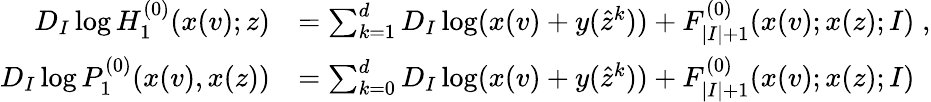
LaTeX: \begin{array}{rl}{D_{I}\log H_{1}^{(0)}(x(v);z)}&{=\sum_{k=1}^{d}D_{I}\log(x(v)+y(\hat{z}^{k}))+F_{|I|+1}^{(0)}(x(v);x(z);I)\; ,}\\ {D_{I}\log P_{1}^{(0)}(x(v),x(z))}&{=\sum_{k=0}^{d}D_{I}\log(x(v)+y(\hat{z}^{k}))+F_{|I|+1}^{(0)}(x(v);x(z);I)}\end{array}